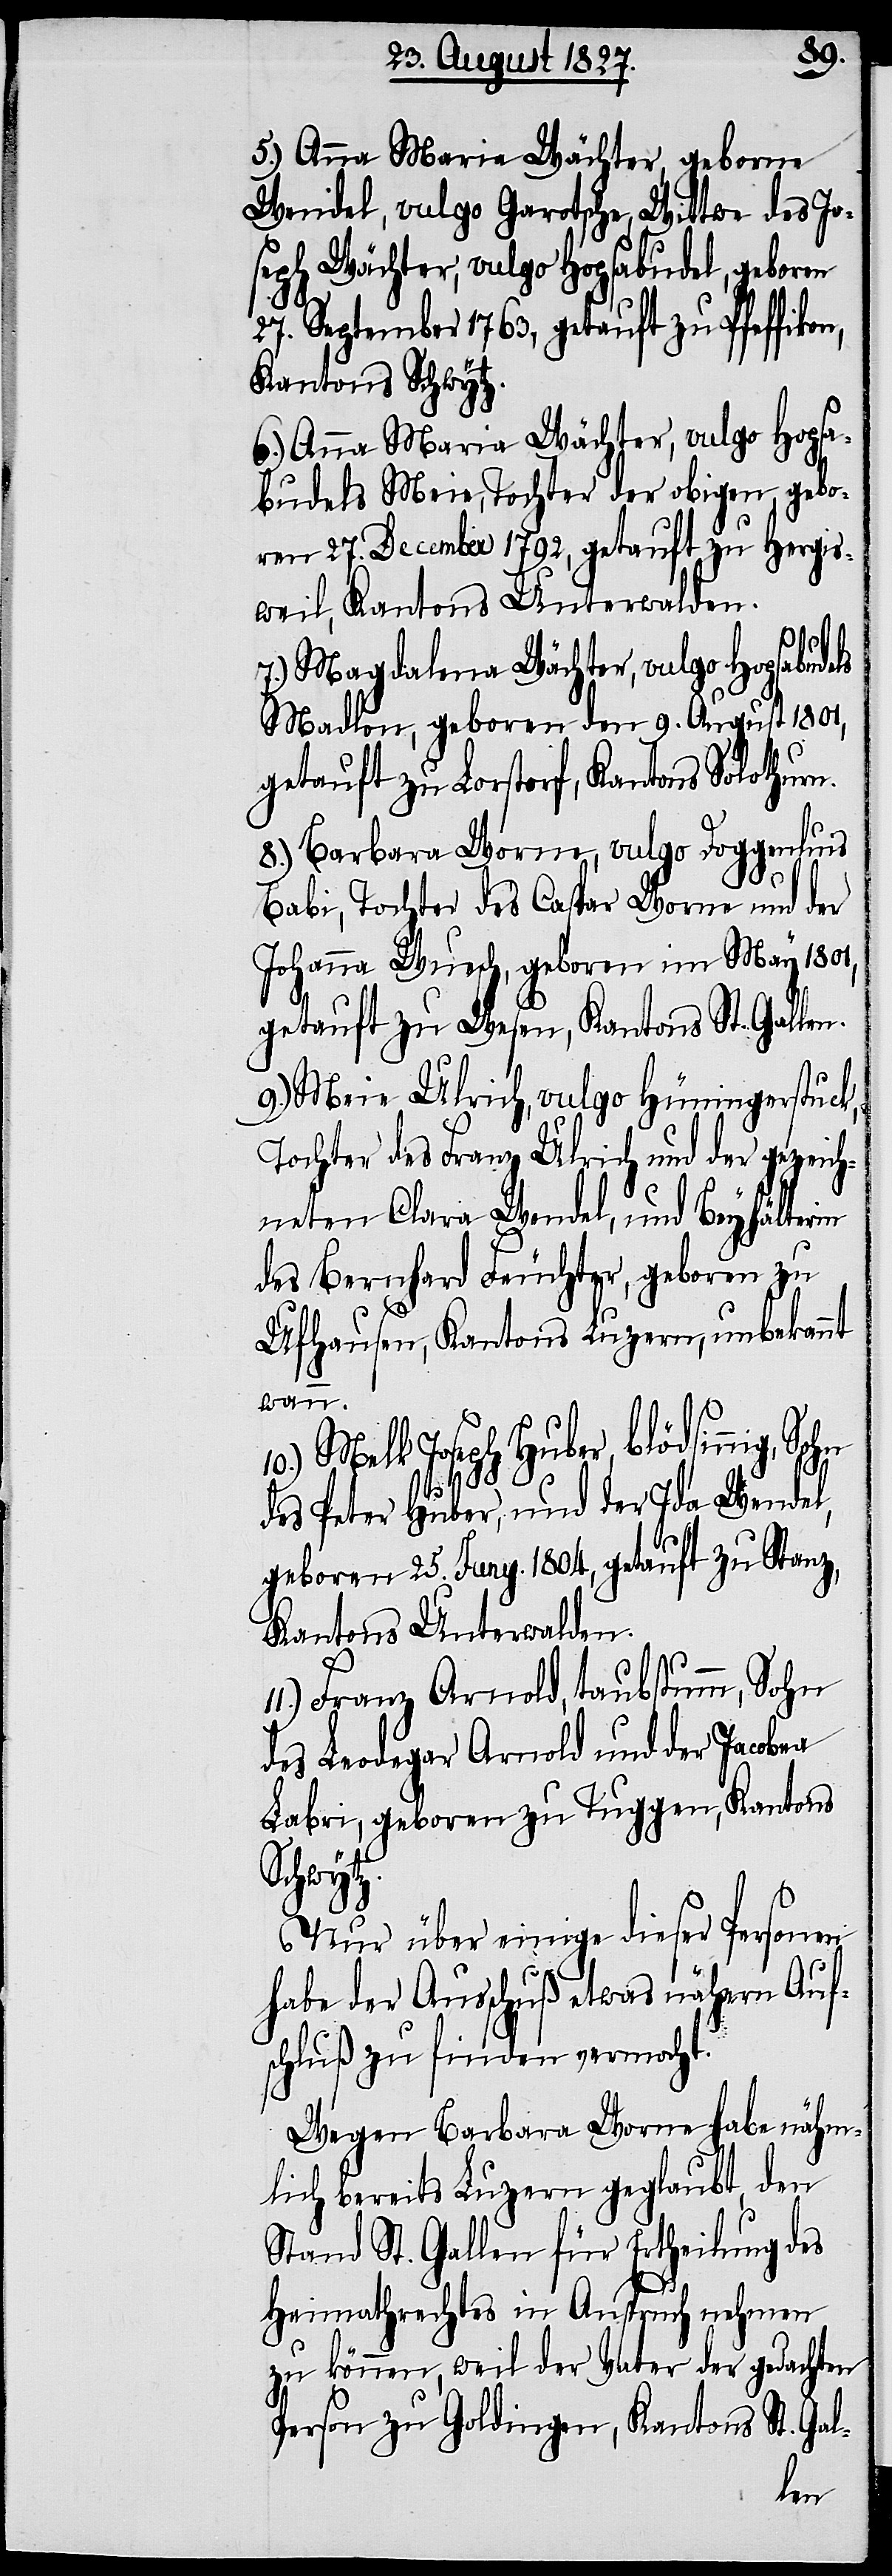
5.) Anna Maria Wächter, geborne
Wendel, vulgo Garotsche, Wittwe des Jo¬
seph Wächter, vulgo Hopsabudel, geboren
27. September 1763, getauft zu Pfeffikon,
Kantons Schwytz.
6.) Anna Maria Wächter, vulgo Hopsa¬
budels Meie, Tochter der obigen, gebo¬
ren 27. December 1792, getauft zu Hergis¬
weil, Kantons Unterwalden.
7.) Magdalena Wächter, vulgo Hopsabuldels
Madlon, geboren den 9. August 1801,
getauft zu Lorstorf, Kantons Solothurn.
8.) Barbara Worne, vulgo Doggenluns
10.)
Babi, Tochter des Caspar Worne und der
Johanna Wusch, geboren im May 1801,
getauft zu Wesen, Kantons St. Gallen.
9.) Meie Ulrich, vulgo Hüningerstuck,
Tochter des Franz Ulrich und der gezeich¬
neten Clara Wendel, und Beyhälterin
des Bernhard Feuchter, geboren zu
Ufhausen, Kantons Luzern, unbekannt
wann.
Melk Jospeh Huber, blödsinnig,
des Peter Huber, und der Ida Wendel,
geboren 25. Juny. 1804, getauft zu Stanz,
Kantons Unterwalden.
Franz Arnold, taubstumm, Sohn
des Leodegar Arnold und der Jacobea
Labri, geboren zu Tuggen, Kantons
Schwytz.
Nur über einige dieser Personen
habe der Ausschuß etwas nähern Auf¬
schluß zu finden vermocht.
Wegen Barbara Worne habe nähm¬
lich bereits Luzern geglaubt, den
Stand St. Gallen für Ertheilung des
Heimathrechtes in Anspruch nehmen
zu können, weil der Vater der gedachten
Person zu Goldingen, Kantons St. Gal-